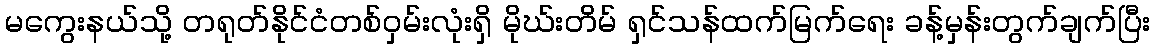
မကွေးနယ်သို့ တရုတ်နိုင်ငံတစ်ဝှမ်းလုံးရှိ မိုဃ်းတိမ် ရှင်သန်ထက်မြက်ရေး ခန့်မှန်းတွက်ချက်ပြီး